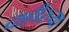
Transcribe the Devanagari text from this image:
दाहीरच्या